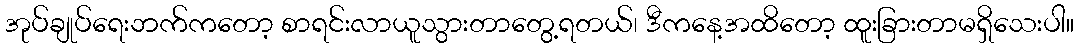
အုပ်ချုပ်ရေးဘက်ကတော့ စာရင်းလာယူသွားတာတွေ့ရတယ်၊ ဒီကနေ့အထိတော့ ထူးခြားတာမရှိသေးပါ။